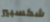
شكسبير